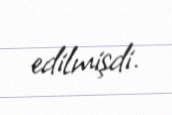
edilmişdi.